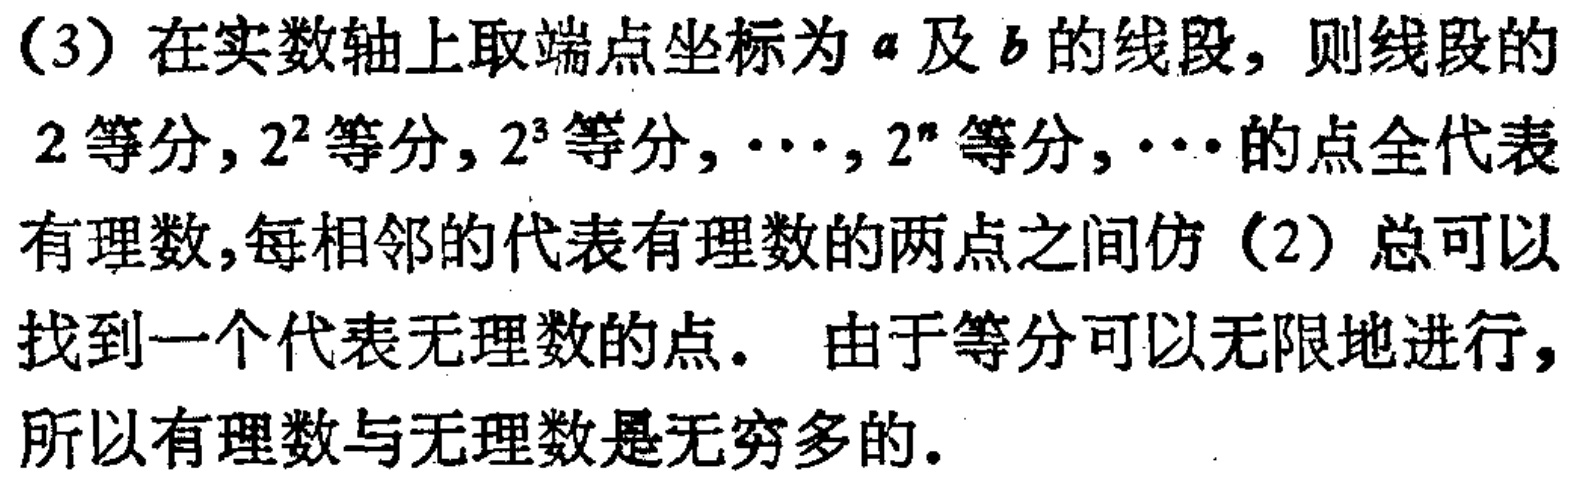
(3) 在实数轴上取端点坐标为\(a\)及\(b\)的线段，则线段的
\(2\)等分，\(2^{2}\)等分，\(2^{3}\)等分，\(\cdots\)，\(2^{n}\)等分，\(\cdots\)的点全代表
有理数，每相邻的代表有理数的两点之间仿（2）总可以
找到一个代表无理数的点。 由于等分可以无限地进行，
所以有理数与无理数是无穷多的。